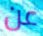
عن